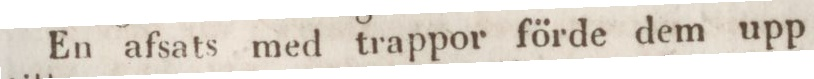
En afsats med trappor förde dem upp